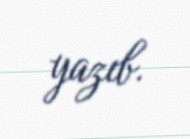
yazıb.